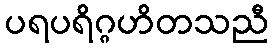
ပရပရိဂ္ဂဟိတသညီ